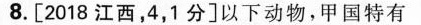
8.[2018江西，4，1分]以下动物，甲国特有